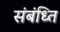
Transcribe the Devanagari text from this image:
संबंध्ति